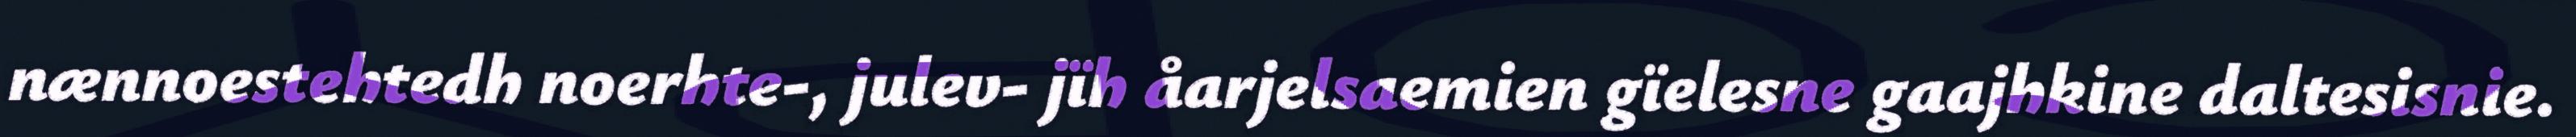
nænnoestehtedh noerhte-, julev- jïh åarjelsaemien gïelesne gaajhkine daltesisnie.